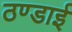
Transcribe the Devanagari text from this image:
ठण्डाई